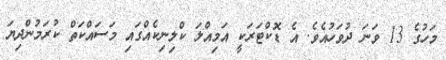
މަހުގެ 13 ވަނަ ދުވަހުއެވެ. އެ ޑޮކްޓަރަކީ އަމިއްލަ ކްލިނިކެއްގައި މަސައްކަތް ކުރަމުންދިޔަ